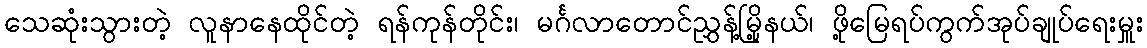
သေဆုံးသွားတဲ့ လူနာနေထိုင်တဲ့ ရန်ကုန်တိုင်း၊ မင်္ဂလာတောင်ညွှန့်မြို့နယ်၊ ဖို့မြေရပ်ကွက်အုပ်ချုပ်ရေးမှူး